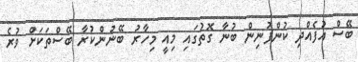
ބޭސް އުފެއްދި ކުންފުނިން ބުނާ ގޮތުގައި މިއީ މިހާރު ބޭނުންކުރާ ބޭސްތަކަށް ވުރެ